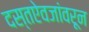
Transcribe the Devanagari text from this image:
दस्तऐवजांवरून